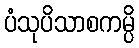
ပံသုပိသာစကမ္ပိ